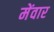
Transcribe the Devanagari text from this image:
मेंवार